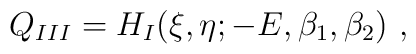
Q_{III}= H_I(\xi,\eta;-E,\beta_1,\beta_2)\ ,